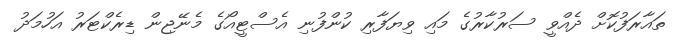
ތައާރަފުކޮށް ދެއްވީ ސަރުކާރުގެ މައި ވިޔަފާރި ކުންފުނި އެސްޓީއޯގެ މެނޭޖިން ޑިރެކްޓަރު އަހުމަދު